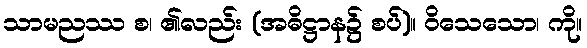
သာမညဿ စ၊ ၏လည်း (အဓိဋ္ဌာန၌ စပ်)။ ဝိသေသော၊ ကို။